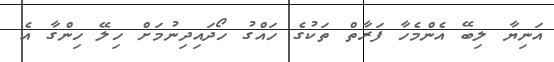
އަނިޔާ ލިބޭ އެންމެހާ ފަރާތް ތަކުގެ ހައްގު ހޯދައިދިނުމަށް ހިލޭ ހިންގާ އެ